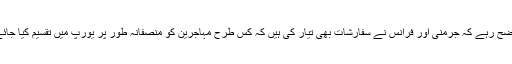
واضح رہے کہ جرمنی اور فرانس نے سفارشات بھی تیار کی ہیں کہ کس طرح مہاجرین کو منصفانہ طور پر یورپ میں تقسیم کیا جائے۔